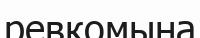
ревкомына